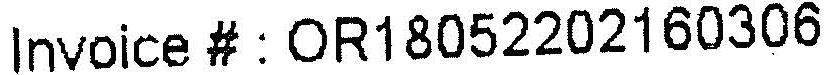
INVOICE # : OR18052202160306